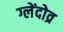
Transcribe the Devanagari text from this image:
ग्लेंदोव्र